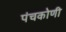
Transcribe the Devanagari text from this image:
पंचकोणी